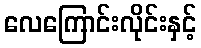
လေကြောင်းလိုင်းနှင့်